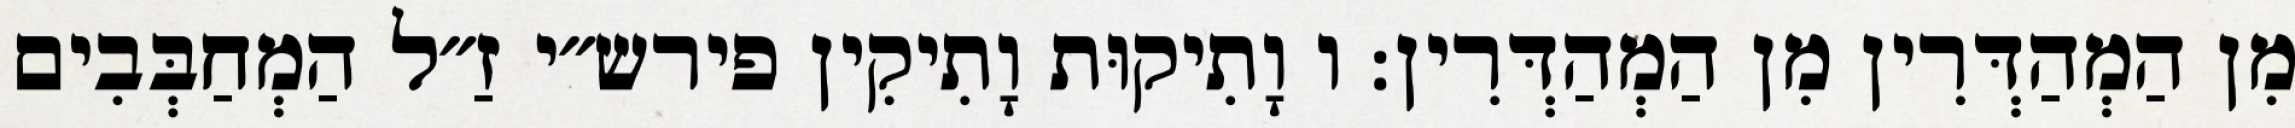
מִן הַמְהַדְּרִין מִן הַמְהַדְּרִין: ו וָתִיקוּת וָתִיקִין פירש״י זַ״ל הַמְחַבְּבִים